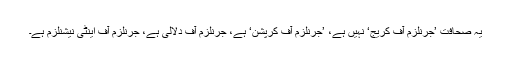
یہ صحافت ’جرنلزم آف کریج‘ نہیں ہے، ’جرنلزم آف کرپشن‘ ہے، جرنلزم آف دلالی ہے، جرنلزم آف اینٹی نیشنلزم ہے۔